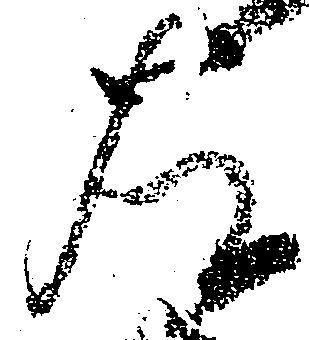
左